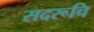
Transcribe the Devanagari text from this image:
सदरूचि